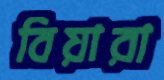
বিয়ারা